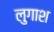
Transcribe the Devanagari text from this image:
लुगाश